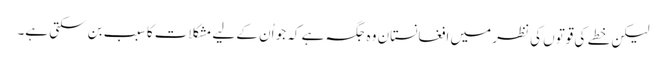
لیکن خطے کی قوتوں کی نظر میں افغانستان وہ جگہ ہے کہ جو اُن کے لیے مشکلات کا سبب بن سکتی ہے۔